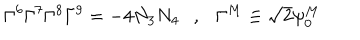
LaTeX: \Gamma ^ { 6 } \Gamma ^ { 7 } \Gamma ^ { 8 } \Gamma ^ { 9 } = - 4 N _ { 3 } N _ { 4 } , \Gamma ^ { M } \equiv \sqrt { 2 } \psi _ { 0 } ^ { M }